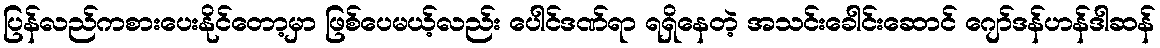
ပြန်လည်ကစားပေးနိုင်တော့မှာ ဖြစ်ပေမယ့်လည်း ပေါင်ဒဏ်ရာ ရရှိနေတဲ့ အသင်းခေါင်းဆောင် ဂျော်ဒန်ဟန်ဒါဆန်